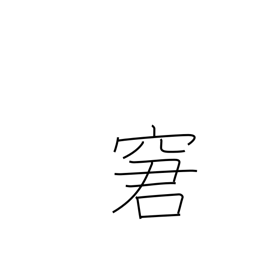
Meaning: rebuke